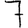
Digit: 7